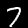
Label: 7